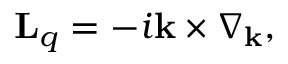
{ \mathbf L } _ { q } = - i { \mathbf k } \times \nabla _ { \mathbf k } ,